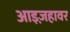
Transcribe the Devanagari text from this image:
आइज़हावर